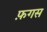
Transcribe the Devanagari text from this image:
फ़गस